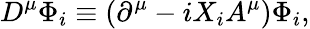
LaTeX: D^{\mu}\Phi_{i}\equiv(\partial^{\mu}-iX_{i}A^{\mu})\Phi_{i},